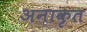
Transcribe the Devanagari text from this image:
अनाकृत